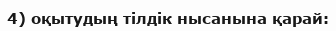
4) оқытудың тілдік нысанына қарай: